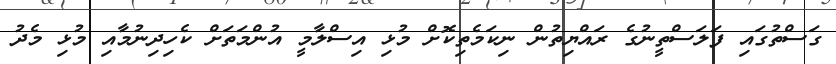
ގަސްތުގައި ފަލަސްތީނުގެ ރައްޔިތުން ނިކަމެތިކޮށް މުޅި އިސްލާމީ އުންމަތަށް ކެހިދިނުމާއި މުޅި މެދު